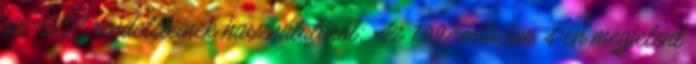
az UCC rendeleteinek használatáról: Az 1997 március 4-én megjelent